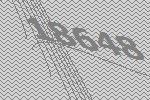
18648